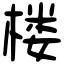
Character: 楼